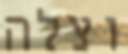
וצלה